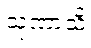
သုဏာသိ